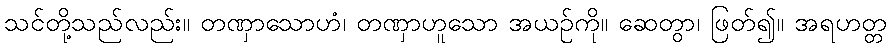
သင်တို့သည်လည်း။ တဏှာသောဟံ၊ တဏှာဟူသော အယဉ်ကို။ ဆေတွာ၊ ဖြတ်၍။ အရဟတ္တ